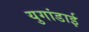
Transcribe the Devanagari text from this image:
युगांडाई